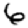
Digit: 6